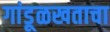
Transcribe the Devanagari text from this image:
गांडूळखताचा